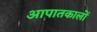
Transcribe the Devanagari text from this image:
आपातकालों